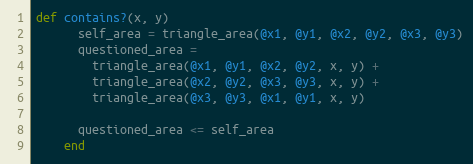
Language: Ruby
def contains?(x, y)
      self_area = triangle_area(@x1, @y1, @x2, @y2, @x3, @y3)
      questioned_area =
        triangle_area(@x1, @y1, @x2, @y2, x, y) +
        triangle_area(@x2, @y2, @x3, @y3, x, y) +
        triangle_area(@x3, @y3, @x1, @y1, x, y)

      questioned_area <= self_area
    end